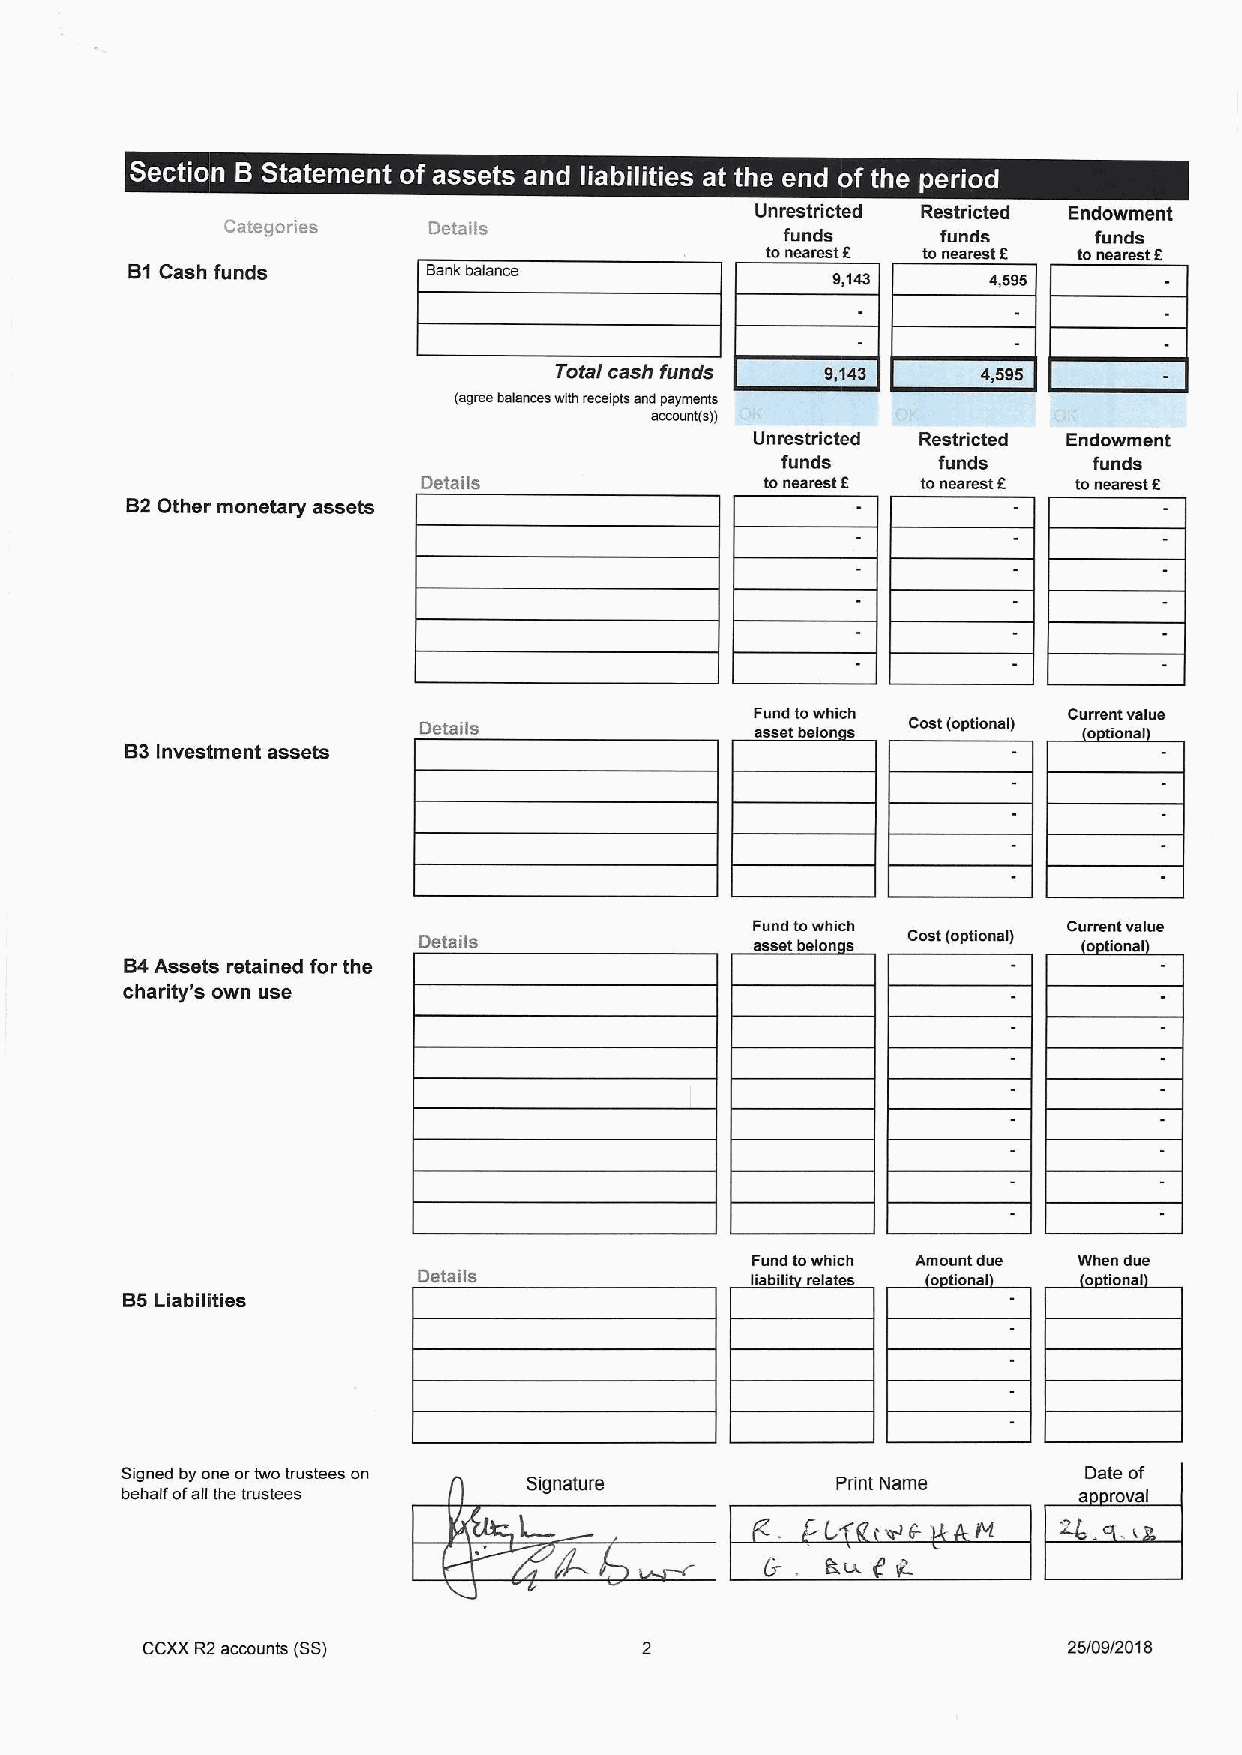
~             ~         ~   ~            ~ ~    ~  ~ ~
 Unrestricted Restricted Endowment
 Categories   Details
 funds     funds     funds
 tonearest 9 to nearest 9 tonearest 9
 Bt Cash funds       Bank balance
 9,143     4,595
 Total cash funds  9,143     4,595
 (agree balahcce with receipts ahd payments
 acccuhi(b))
 Unrestricted Restricted Endowment
 funds     funds     funds
 Details                tonearest 9 toneamat k tonearest 5
 82 Other monetary assets
 Fund towhich         Current value
 Details               asset belon a Cost (optional) o tional
 B3Investment assets
 Fund towhich         Current value
 Details               asset helen a Cost (optional) o tional
 B4Assets retained for the
 charity's own use
 Fund towhich Amount due When dua
 Details               liabili relates o iona) o tiohal
 B5Liabilities
 Signed by one ortwo trustees on                                 Date of
 signature           Print Name
 behalf ofall the trustees                                      9 royal
 CCXXR2accounts (SS)                                           25/09/2018